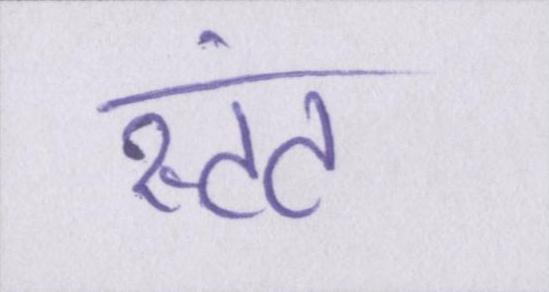
स्टंट